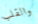
والقلب